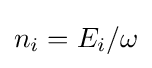
n_{i}=E_{i}/\omega